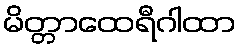
မိတ္တာထေရီဂါထာ